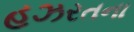
હઝરતના